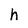
Character: h